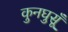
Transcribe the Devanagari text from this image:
कुनघुसूँ